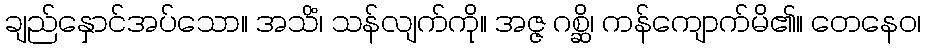
ချည်နှောင်အပ်သော။ အသိံ၊ သန်လျက်ကို။ အဇ္ဇ ဂစ္ဆိ၊ ကန်ကျောက်မိ၏။ တေနေဝ၊